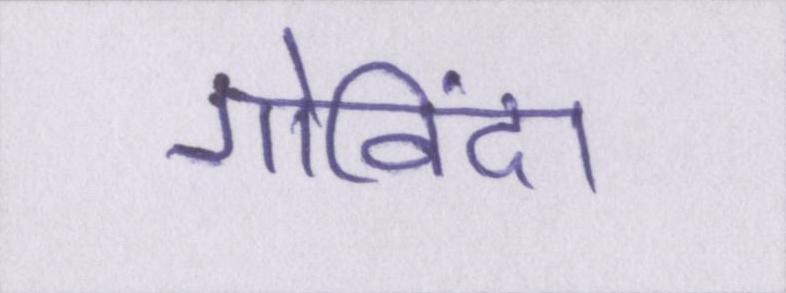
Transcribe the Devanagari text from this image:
गोविंदा